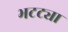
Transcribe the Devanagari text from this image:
भटट्या